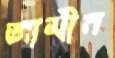
জামীন